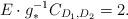
LaTeX: \begin{align*} E \cdot g_*^{-1}C_{D_1,D_2} = 2. \end{align*}